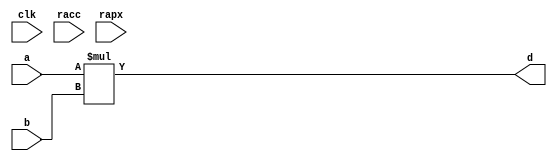
module conf_int_mul__noFF__arch_agnos( clk, racc, rapx, a, b, d
 );

//--- parameters
//parameter BT_RND = 0
parameter OP_BITWIDTH = 16; //operator bit width
parameter DATA_PATH_BITWIDTH = 16; //flip flop Bit width

//--- input,outputs
input clk;
input racc;
input rapx;
input [DATA_PATH_BITWIDTH -1:0] a;
input [DATA_PATH_BITWIDTH-1:0] b;
output [DATA_PATH_BITWIDTH-1:0] d;

assign  d = (a * b);

endmodule



module conf_int_mul__noFF__arch_agnos__w_wrapper( clk, racc, rapx, a, b, d
);
//--- parameters
//parameter BT_RND = 0
parameter OP_BITWIDTH = 16; //operator bit width
parameter DATA_PATH_BITWIDTH = 16; //flip flop Bit width


//--- input,outputs
input [DATA_PATH_BITWIDTH -1:0] a;
input [DATA_PATH_BITWIDTH-1:0] b;
output [DATA_PATH_BITWIDTH-1:0] d;
input clk;
input racc;
input rapx;
wire [DATA_PATH_BITWIDTH-1:0] d_internal;

assign d = d_internal;
conf_int_mul__noFF__arch_agnos #(OP_BITWIDTH, DATA_PATH_BITWIDTH) mul__inst(.clk(clk), .racc(racc), .rapx(rapx), .a(a), .b(b), 
    .d(d_internal));


endmodule